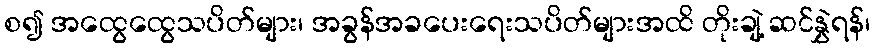
စ၍ အထွေထွေသပိတ်များ၊ အခွန်အခပေးရေးသပိတ်များအထိ တိုးချဲ့ ဆင်နွှဲရန်၊